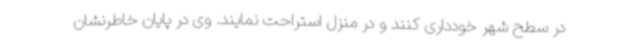
در سطح شهر خودداری کنند و در منزل استراحت نمایند. وی در پایان خاطرنشان